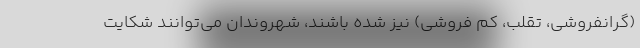
(گرانفروشی، تقلب، کم فروشی) نیز شده باشند، شهروندان می‌توانند شکایت